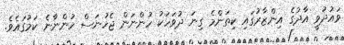
ވައުދުވީ އާދުގެ އިންޒާރުގައި ކިތަންމެ ގިނަ ދުވަހަކު ހުންނަން ޖެހުނަސް ހުންނާނެ ކަމުގައެވެ.